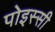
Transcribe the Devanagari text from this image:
पोइस्सी